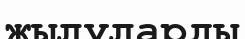
жылуларды